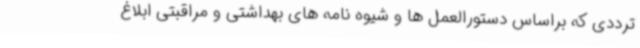
ترددی که براساس دستورالعمل ها و شیوه نامه های بهداشتی و مراقبتی ابلاغ